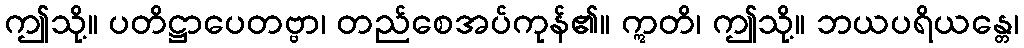
ဤသို့။ ပတိဋ္ဌာပေတဗ္ဗာ၊ တည်စေအပ်ကုန်၏။ ဣတိ၊ ဤသို့။ ဘယပရိယန္တေ၊